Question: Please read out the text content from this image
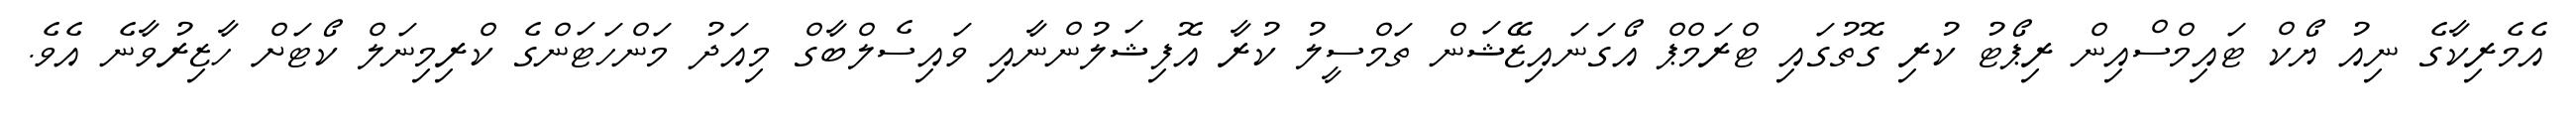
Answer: އެމެރިކާގެ ނިއު ޔޯކް ޓައިމްސްއިން ރިޕޯޓު ކުރި ގޮތުގައި ޓްރަމްޕް އޯގަނައިޒޭޝަން ތަމްސީލު ކުރާ އޮފިޝަލުންނާއި ވައިސެލްބާގް މިއަދު މަންހަޓަންގެ ކްރިމިނަލް ކޯޓަށް ހާޒިރުވާނެ އެވެ.